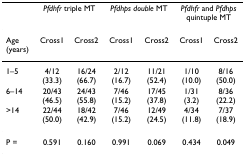
|  | <COLSPAN=2> Pfdhfr triple MT | <COLSPAN=2> Pfdhps double MT | <COLSPAN=2> Pfdhfr and Pfdhpsquintuple MT |
 | --- | --- | --- | --- | --- | --- | --- |
 | Age (years) | Cross1 | Cross2 | Cross1 | Cross2 | Cross1 | Cross2 |
 | 1–5 | 4/12 (33.3) | 16/24(66.7) | 2/12(16.7) | 11/21 (52.4) | 1/10(10.0) | 8/16(50.0) |
 | 6–14 | 20/43(46.5) | 24/43(55.8) | 7/46 (15.2) | 17/45 (37.8) | 1/31(3.2) | 8/36(22.2) |
 | >14 | 22/44(50.0) | 18/42(42.9) | 7/46(15.2) | 12/49(24.5) | 4/34(11.8) | 7/37(18.9) |
 | P = | 0.591 | 0.160 | 0.991 | 0.069 | 0.434 | 0.049 |